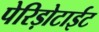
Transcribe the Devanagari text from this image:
पेरिड़ोटाईट